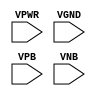
module sky130_fd_sc_ls__fill_diode (
    VPWR,
    VGND,
    VPB ,
    VNB
);

    // Module ports
    input VPWR;
    input VGND;
    input VPB ;
    input VNB ;
     // No contents.
endmodule